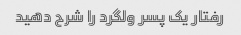
رفتار یک پسر ولگرد را شرح دهید